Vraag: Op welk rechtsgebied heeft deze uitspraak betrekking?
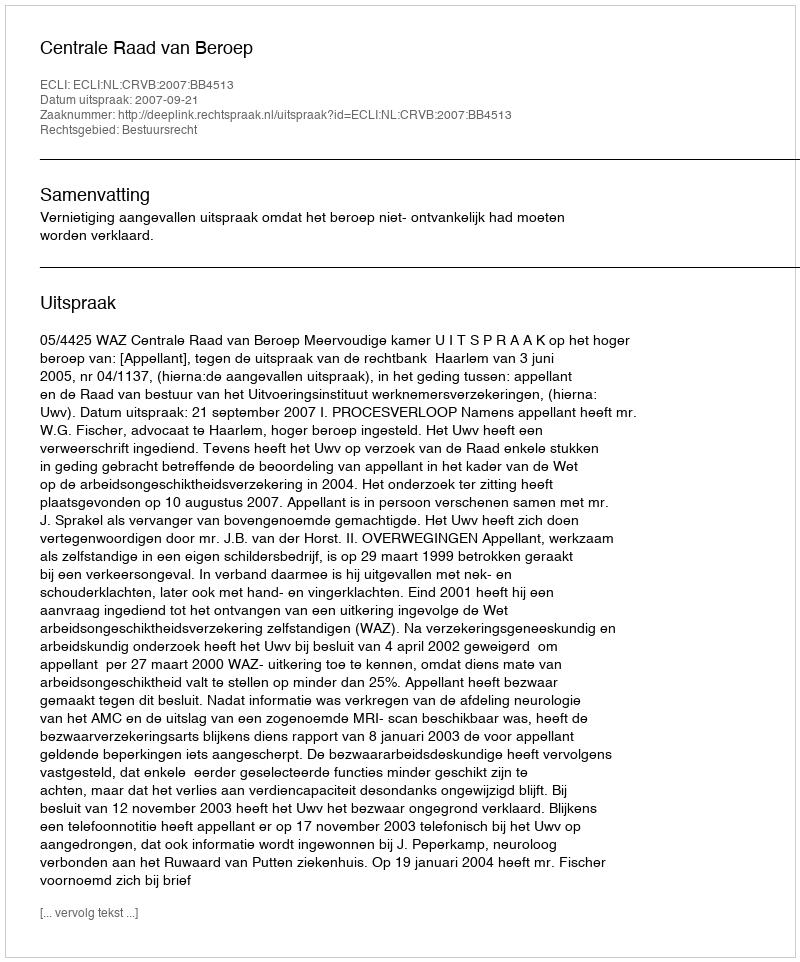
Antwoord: Bestuursrecht